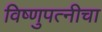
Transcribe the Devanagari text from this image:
विष्णुपत्नीचा